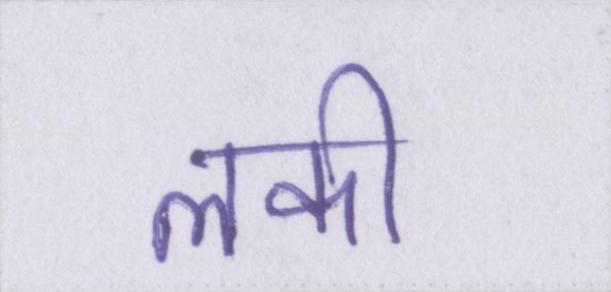
लकी